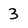
Character: 3